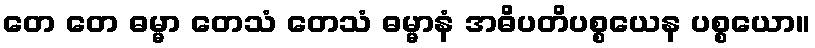
တေ တေ ဓမ္မာ တေသံ တေသံ ဓမ္မာနံ အဓိပတိပစ္စယေန ပစ္စယော။